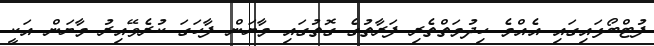
ފުޓްބޯޅައިގައި އެއްމެ ހިދުމަތްތެރި ފަރާތުގެ ގޮތުގައި މާޔަން ފާހަގަ ކުރެވޭއިރު މާޔަން އަކީ